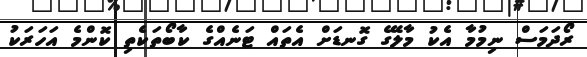
ރޯދަމަސް ނިމުމާ އެކު މާލޭގެ ގޮނޑަށް އެތައް ޓަނެއްގެ ކާބޯތަކެތި ކޮންމެ އަހަރަކު